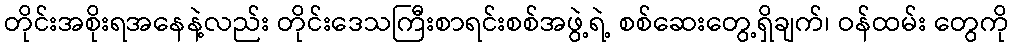
တိုင်းအစိုးရအနေနဲ့လည်း တိုင်းဒေသကြီးစာရင်းစစ်အဖွဲ့ရဲ့ စစ်ဆေးတွေ့ရှိချက်၊ ဝန်ထမ်း တွေကို